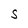
Character: S